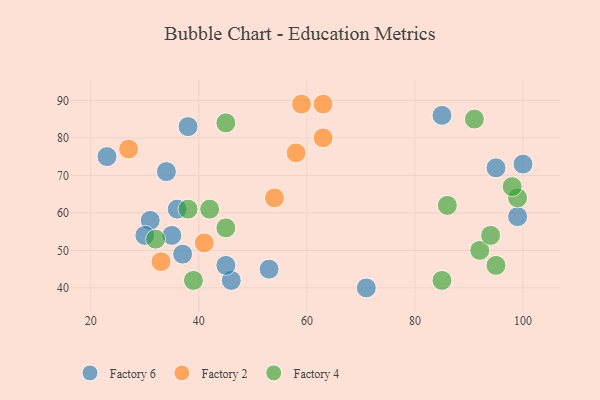
{"axis": {"x": "GDP", "y": "Life Expectancy"}, "legend": ["Factory 2", "Factory 4", "Factory 6"], "data": [{"x": "37", "y": 49, "type": "Factory 6"}, {"x": "53", "y": 45, "type": "Factory 6"}, {"x": "31", "y": 58, "type": "Factory 6"}, {"x": "100", "y": 73, "type": "Factory 6"}, {"x": "99", "y": 59, "type": "Factory 6"}, {"x": "30", "y": 54, "type": "Factory 6"}, {"x": "38", "y": 83, "type": "Factory 6"}, {"x": "71", "y": 40, "type": "Factory 6"}, {"x": "36", "y": 61, "type": "Factory 6"}, {"x": "85", "y": 86, "type": "Factory 6"}, {"x": "35", "y": 54, "type": "Factory 6"}, {"x": "46", "y": 42, "type": "Factory 6"}, {"x": "23", "y": 75, "type": "Factory 6"}, {"x": "34", "y": 71, "type": "Factory 6"}, {"x": "45", "y": 46, "type": "Factory 6"}, {"x": "95", "y": 72, "type": "Factory 6"}, {"x": "54", "y": 64, "type": "Factory 2"}, {"x": "41", "y": 52, "type": "Factory 2"}, {"x": "59", "y": 89, "type": "Factory 2"}, {"x": "63", "y": 80, "type": "Factory 2"}, {"x": "63", "y": 89, "type": "Factory 2"}, {"x": "27", "y": 77, "type": "Factory 2"}, {"x": "33", "y": 47, "type": "Factory 2"}, {"x": "58", "y": 76, "type": "Factory 2"}, {"x": "92", "y": 50, "type": "Factory 4"}, {"x": "99", "y": 64, "type": "Factory 4"}, {"x": "32", "y": 53, "type": "Factory 4"}, {"x": "39", "y": 42, "type": "Factory 4"}, {"x": "86", "y": 62, "type": "Factory 4"}, {"x": "85", "y": 42, "type": "Factory 4"}, {"x": "42", "y": 61, "type": "Factory 4"}, {"x": "95", "y": 46, "type": "Factory 4"}, {"x": "91", "y": 85, "type": "Factory 4"}, {"x": "98", "y": 67, "type": "Factory 4"}, {"x": "38", "y": 61, "type": "Factory 4"}, {"x": "45", "y": 56, "type": "Factory 4"}, {"x": "94", "y": 54, "type": "Factory 4"}, {"x": "45", "y": 84, "type": "Factory 4"}]}